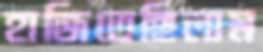
হাজিতেছিলাম